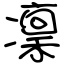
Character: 凜